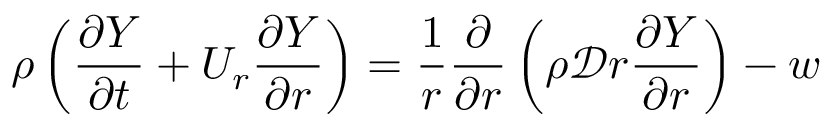
\rho \left( \frac { \partial Y } { \partial t } + U _ { r } \frac { \partial Y } { \partial r } \right) = \frac { 1 } { r } \frac { \partial } { \partial r } \left( \rho \mathcal { D } r \frac { \partial Y } { \partial r } \right) - w